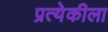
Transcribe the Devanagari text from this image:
प्रत्येकीला